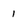
Character: 1